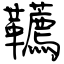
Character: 韉